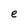
Character: e